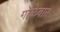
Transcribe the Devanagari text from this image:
गोळेबार